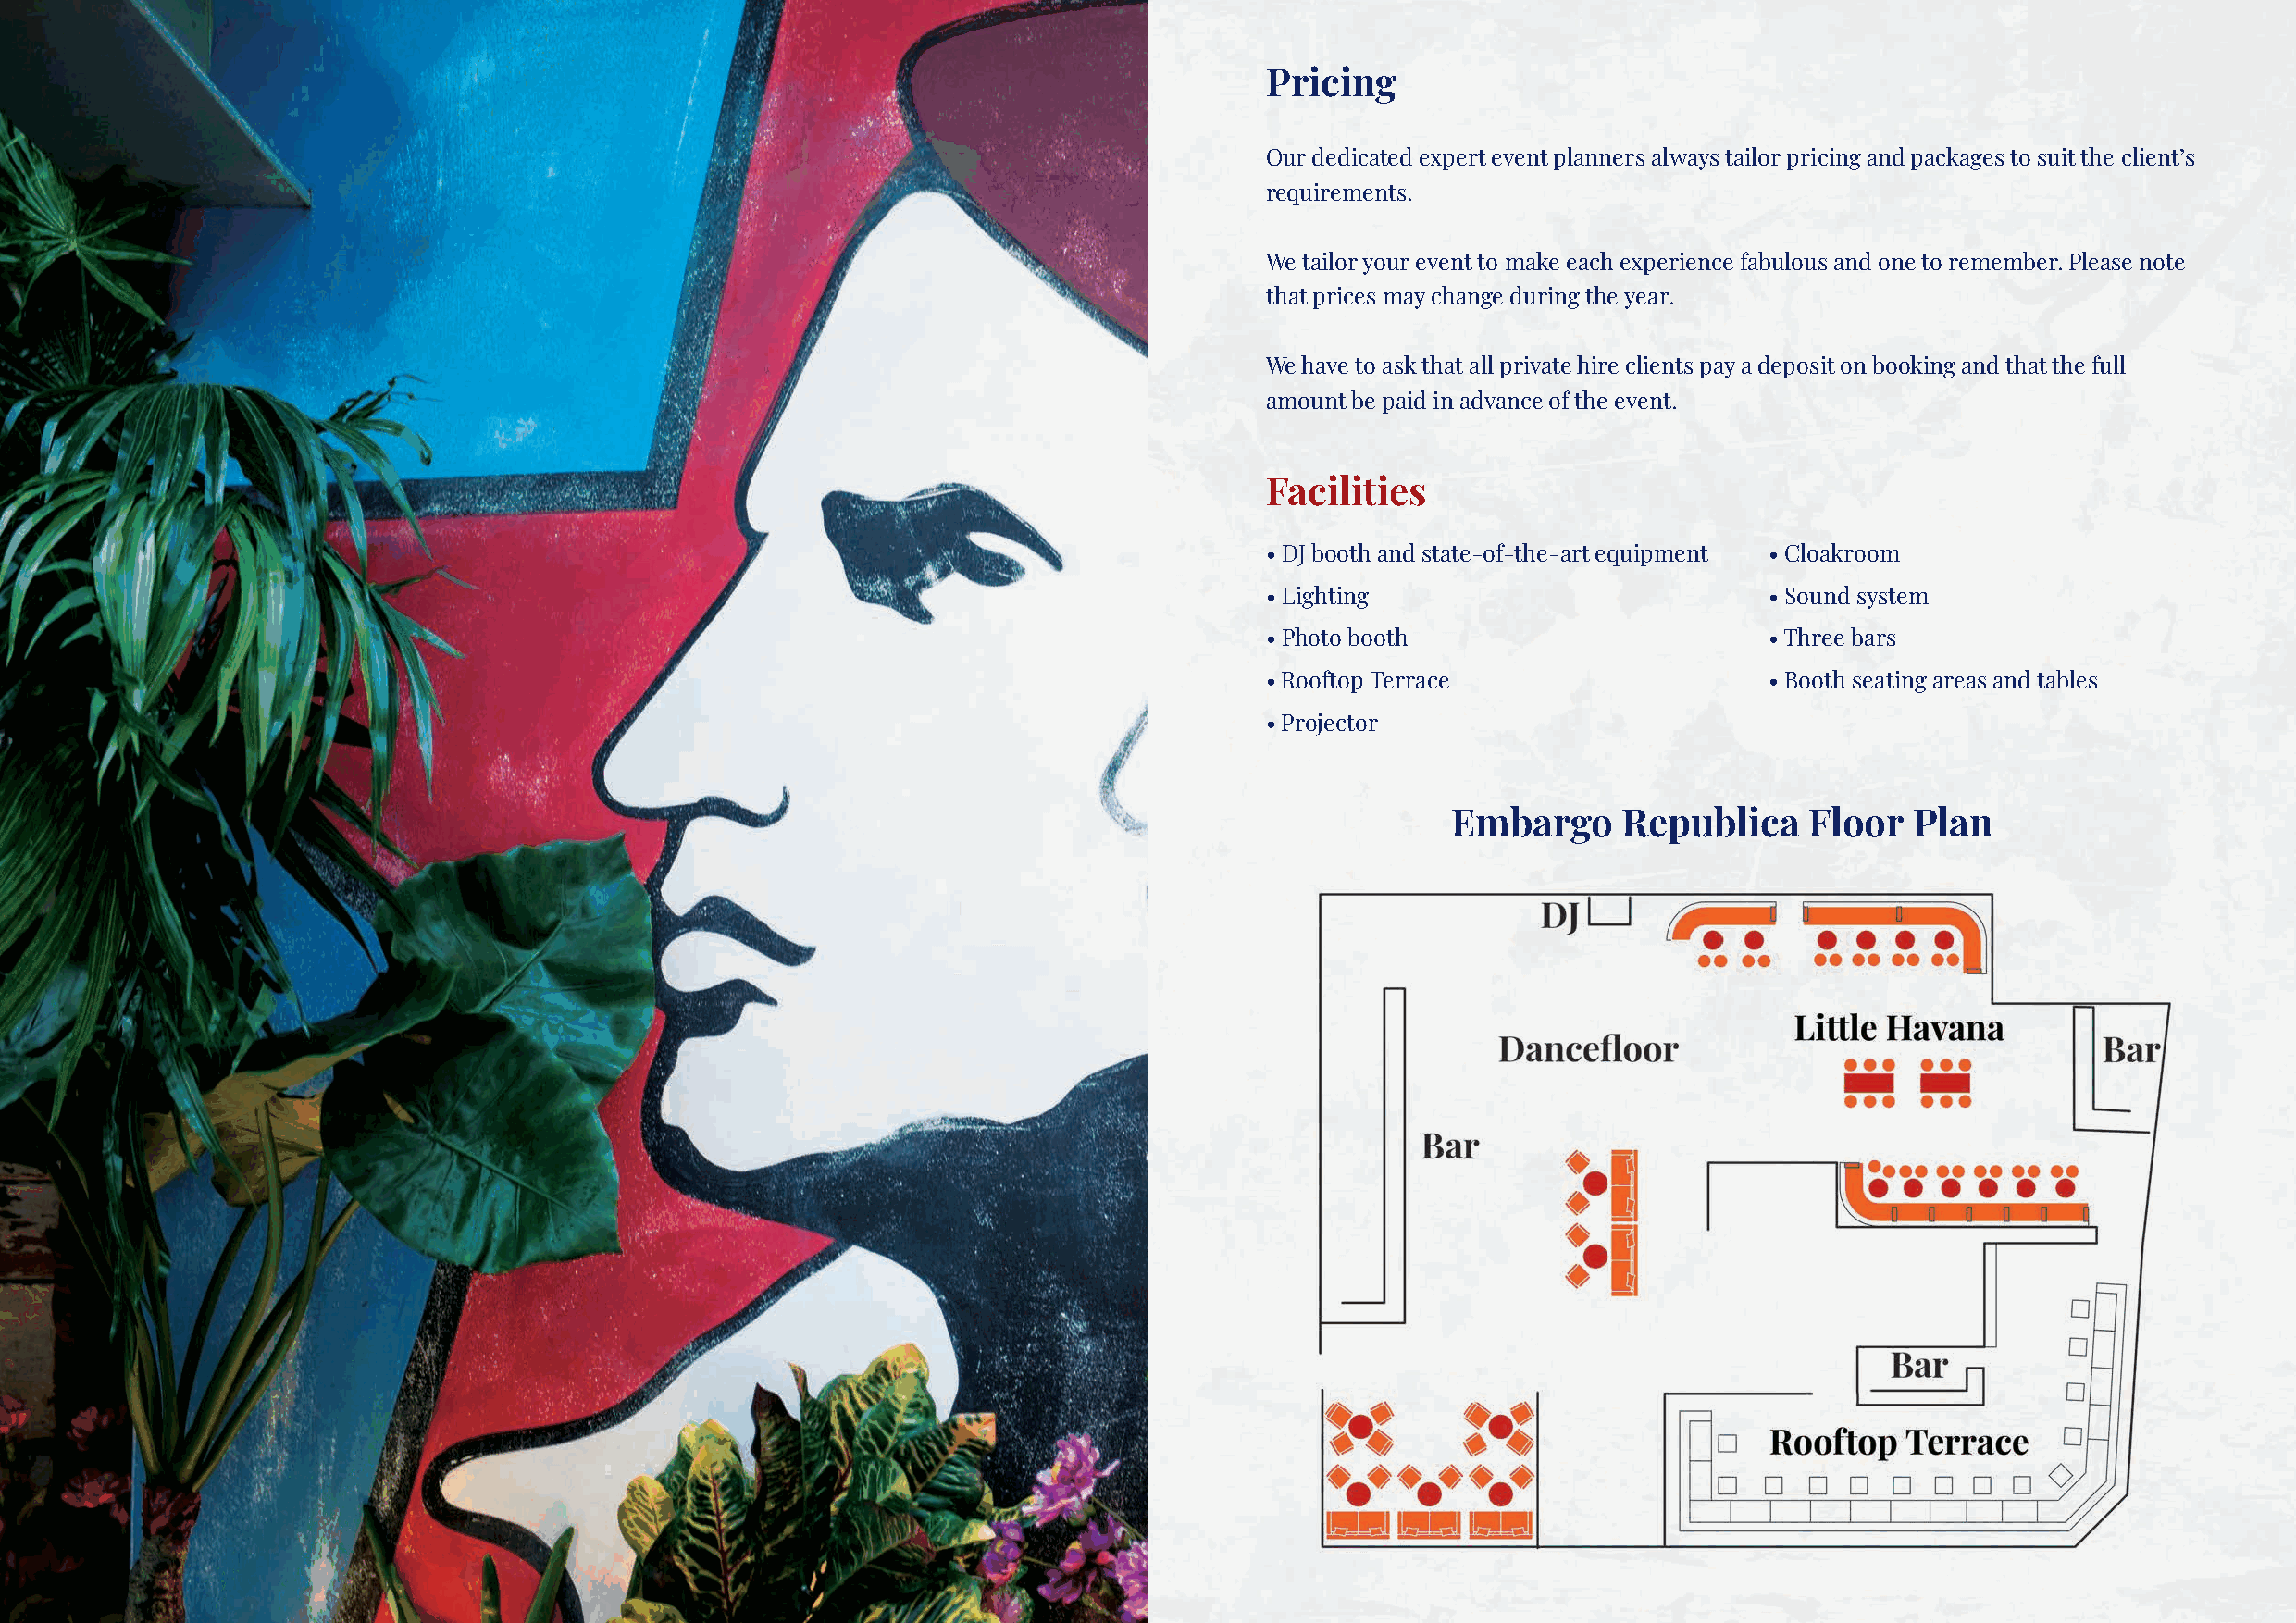
Pricing
 Our dedicated expert event planners always tailor pricing and packages to suit the client’s
 requirements.
 We tailor your event to make each experience fabulous and one to remember. Please note
 that prices may change during the year.
 We have to ask that all private hire clients pay a deposit on booking and that the full
 amount be paid in advance of the event.
 Facilities
 • DJ booth and state-of-the-art equipment • Cloakroom
 • Lighting                          • Sound system
 • Photo booth                       • Three bars
 • Rooftop Terrace                   • Booth seating areas and tables
 • Projector
 Embargo     Republica    Floor   Plan